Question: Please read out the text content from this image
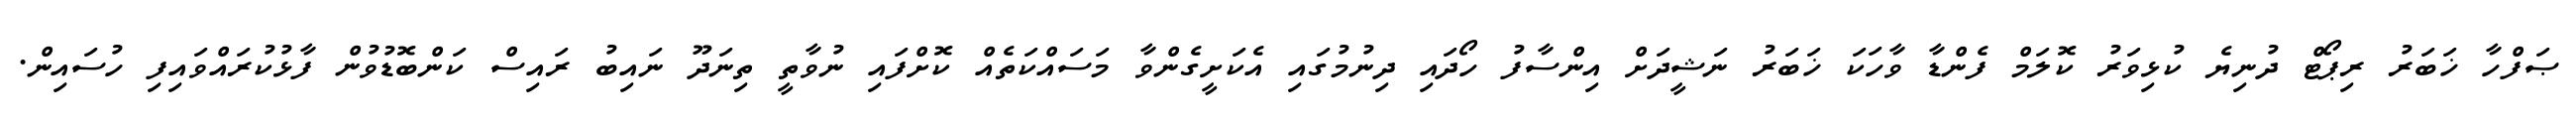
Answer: ޞަފްހާ ޚަބަރު ރިޕޯޓް ދުނިޔެ ކުޅިވަރު ކޮލަމް ފެންޑާ ވާހަކަ ޚަބަރު ނަޝީދަށް އިންސާފު ހޯދައި ދިނުމުގައި އެކަށީގެންވާ މަސައްކަތެއް ކޮށްފައި ނުވާތީ ތިނަދޫ ނައިބު ރައިސް ކަންބޮޑުވުން ފާޅުކުރައްވައިފި ހުސައިން.